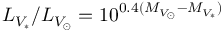
L _ { V _ { \ast } } / L _ { V _ { \odot } } = 1 0 ^ { 0 . 4 ( M _ { V _ { \odot } } - M _ { V _ { \ast } } ) }